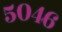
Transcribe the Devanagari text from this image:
५०४६